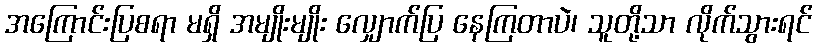
အကြောင်းပြစရာ မရှိ အမျိုးမျိုး လျှောက်ပြ နေကြတာပဲ၊ သူတို့သာ လိုက်သွားရင်